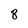
Character: 8